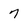
Character: 7